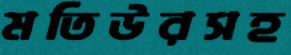
মতিউরসহ